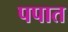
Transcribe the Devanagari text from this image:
पपात